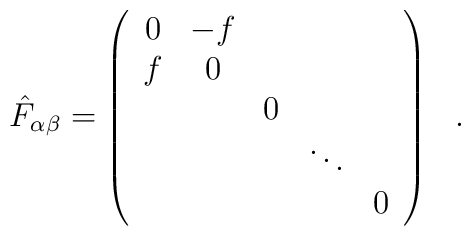
{\hat F}_{\alpha\beta} =  \left( \begin{array}{ccccc}            0& -f & & &  \\                       f & 0& & & \\			 & & 0 & &  \\			 & & &\ddots &  \\			 & & & & 0			 \end{array} \right)~~.